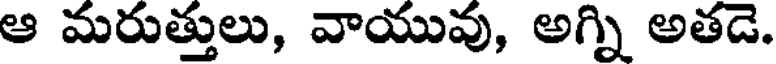
ఆ మరుత్తులు, వాయువు, అగ్ని అతడె.